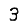
Digit: 3